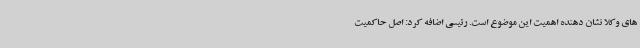
های وکلا نشان دهنده اهمیت این موضوع است. رئیسی اضافه کرد: اصل حاکمیت